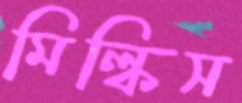
মিল্কিস